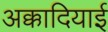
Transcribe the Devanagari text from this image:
अक्कादियाई